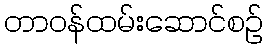
တာဝန်ထမ်းဆောင်စဉ်